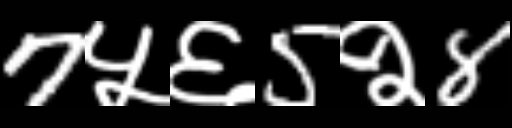
Text: 7५६5२8